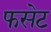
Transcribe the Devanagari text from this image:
फसेट